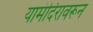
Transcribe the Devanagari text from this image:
यामंदिरावरून